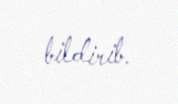
bildirib.